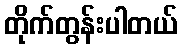
တိုက်တွန်းပါတယ်